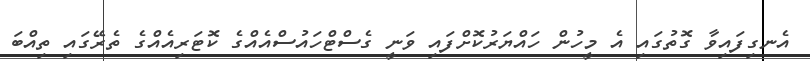
އެނގިފައިވާ ގޮތުގައި އެ މީހުން ހައްޔަރުކޮށްފައި ވަނީ ގެސްޓްހައުސްއެއްގެ ކޮޓަރިއެއްގެ ތެރޭގައި ތިއްބަ